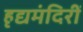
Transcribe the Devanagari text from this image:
हृद्यमंदिरीं